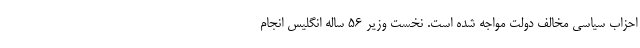
احزاب سیاسی مخالف دولت مواجه شده است. نخست وزیر ۵۶ ساله انگلیس انجام